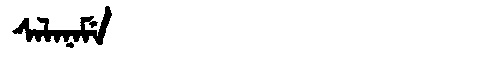
Manchu: ᠰᠠᠯᠠᠨᠠᠮᡝ
Romanization: SALANAME